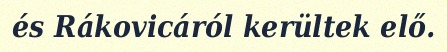
és Rákovicáról kerültek elő.